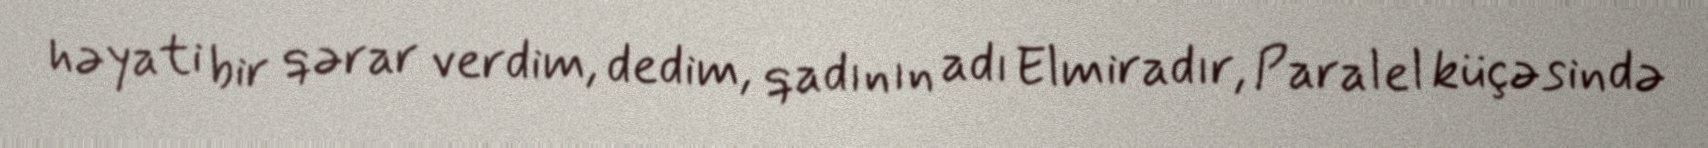
həyati bir qərar verdim, dedim, qadının adı Elmiradır, Paralel küçəsində